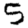
Digit: 5